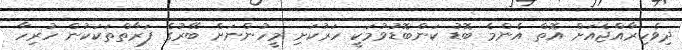
ދިވެހިރާއްޖެއަށް އޮތް އެންމެ ބޮޑު ކަންބޮޑުވުމަކީ ހަރުކަށި މީހުންނަށް ބޭރުގެ ފަރާތްތަކަކުން ހުރިހާ